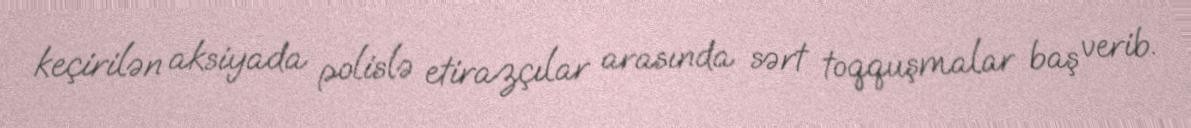
keçirilən aksiyada polislə etirazçılar arasında sərt toqquşmalar baş verib.